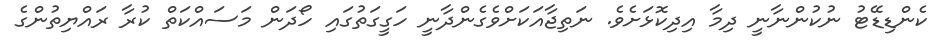
ކެންޑިޑޭޓު ނުކުންނާނީ ދިމާ އިދިކޮޅަށެވެ. ނަތިޖާއަކަށްވެގެންދާނީ ހަގީގަތުގައި ހޯދަން މަސައްކަތް ކުރާ ރައްޔިތުންގެ